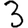
Digit: 3